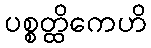
ပစ္စတ္ထိကေဟိ